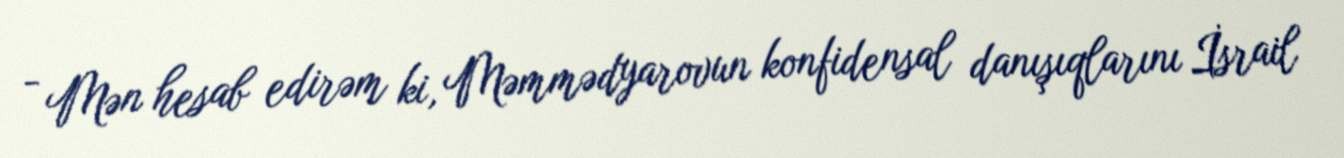
- Mən hesab edirəm ki, Məmmədyarovun konfidensal danışıqlarını İsrail